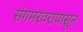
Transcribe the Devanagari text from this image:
संगमरवरापासून